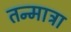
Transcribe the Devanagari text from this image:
तन्मात्रा